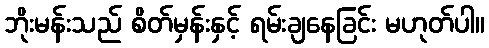
ဘိုးမန်းသည် စိတ်မှန်းနှင့် ရမ်းချနေခြင်း မဟုတ်ပါ။